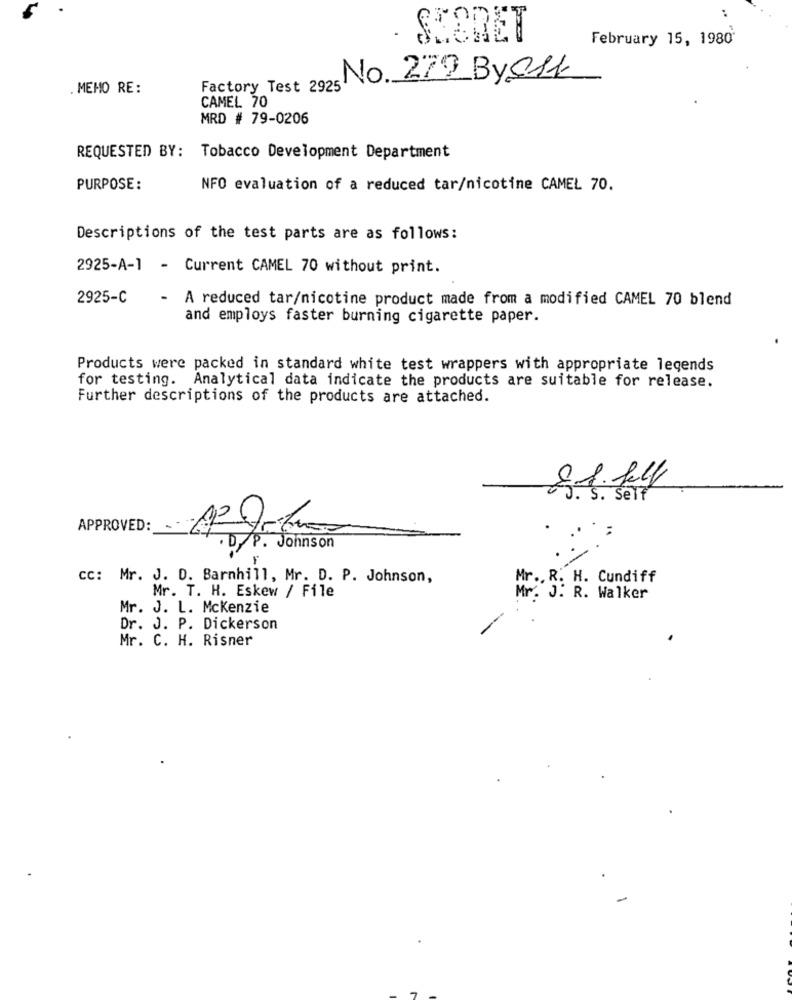
SECRET
February 15, 1980'
No. 279 By S11
. MEMO RE:
Factory Test 2925
CAMEL 70
MRD # 79-0206
REQUESTED BY: Tobacco Development Department
PURPOSE:
NFO evaluation of a reduced tar/nicotine CAMEL 70.
Descriptions of the test parts are as follows:
2925-A-1 - Current CAMEL 70 without print.
2925-C
- A reduced tar/nicotine product made from a modified CAMEL 70 blend
and employs faster burning cigarette paper.
Products were packed in standard white test wrappers with appropriate legends
for testing. Analytical data indicate the products are suitable for release.
Further descriptions of the products are attached.
J. S. Self
APPROVED:
. D/ P. Johnson
cc: Mr. J. D. Barnhill, Mr. D. P. Johnson,
Mr ., R. H. Cundiff
Mr. T. H. Eskew / File
Mr. J. R. Walker
Mr. J. L. Mckenzie
Dr. J. P. Dickerson
Mr. C. H. Risner